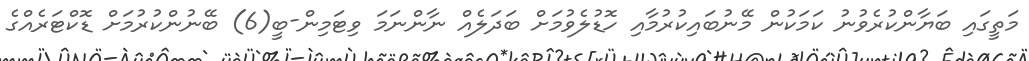
މަތީގައި ބަޔާންކުރެވުނު ކަމަކުން މޭނުބައިކުރުމާއި ހޮޑުލެވުމަށް ބަދަލެއް ނާންނަމަ ވިޓަމިން-ބީ(6) ބޭނުންކުރުމަށް ޑޮކްޓަރެއްގެ